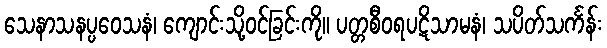
သေနာသနပ္ပဝေသနံ၊ ကျောင်းသို့ဝင်ခြင်းကို။ ပတ္တစီဝရပဋိသာမနံ၊ သပိတ်သင်္ကန်း